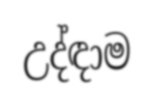
උද්ඳාම